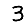
Digit: 3